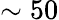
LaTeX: \sim 50